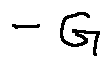
- G